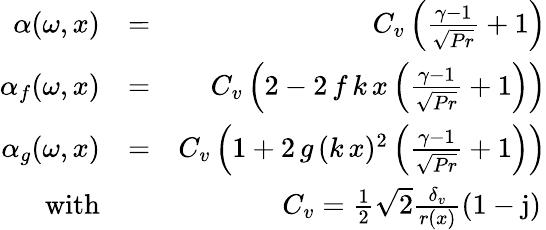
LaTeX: \begin{array}{rlr}{\alpha(\omega,x)}&{=}&{C_{v}\left(\frac{\gamma-1}{\sqrt{Pr}}+1\right)}\\ {\alpha_{f}(\omega,x)}&{=}&{C_{v}\left(2-2\, f\, k\, x\left(\frac{\gamma-1}{\sqrt{Pr}}+1\right)\right)}\\ {\alpha_{g}(\omega,x)}&{=}&{C_{v}\left(1+2\, g\, (k\, x)^{2}\left(\frac{\gamma-1}{\sqrt{Pr}}+1\right)\right)}\\ {\textrm{with}}&{}&{C_{v}=\frac{1}{2}\sqrt{2}\frac{\delta_{v}}{r(x)}(1-\mathrm{j})\, }\end{array}